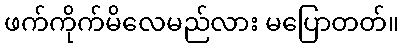
ဖက်ကိုက်မိလေမည်လား မပြောတတ်။